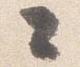
々